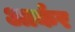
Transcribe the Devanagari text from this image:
आर्कर